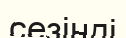
сезінді